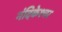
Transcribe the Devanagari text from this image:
नंदिकेश्चर